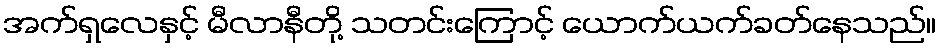
အက်ရှလေနှင့် မီလာနီတို့ သတင်းကြောင့် ယောက်ယက်ခတ်နေသည်။